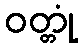
ဝတ္တုံ